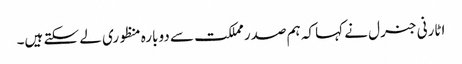
اٹارنی جنرل نے کہا کہ ہم صدر مملکت سے دوبارہ منظوری لے سکتے ہیں۔